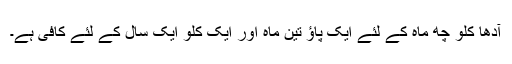
آدھا کلو چھ ماہ کے لئے ایک پاؤ تین ماہ اور ایک کلو ایک سال کے لئے کافی ہے۔